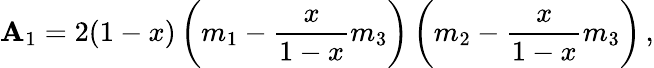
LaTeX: \mathbf{A}_{1}=2(1-x)\left(m_{1}-\frac{{x}}{{1-x}}m_{3}\right)\left(m_{2}-\frac{{x}}{{1-x}}m_{3}\right)\, ,